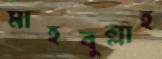
মাহবুল্লাহ